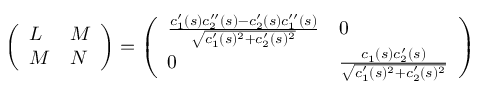
{ \left( \begin{array} { l l } { L } & { M } \\ { M } & { N } \end{array} \right) } = { \left( \begin{array} { l l } { { \frac { c _ { 1 } ^ { \prime } ( s ) c _ { 2 } ^ { \prime \prime } ( s ) - c _ { 2 } ^ { \prime } ( s ) c _ { 1 } ^ { \prime \prime } ( s ) } { \sqrt { c _ { 1 } ^ { \prime } ( s ) ^ { 2 } + c _ { 2 } ^ { \prime } ( s ) ^ { 2 } } } } } & { 0 } \\ { 0 } & { { \frac { c _ { 1 } ( s ) c _ { 2 } ^ { \prime } ( s ) } { \sqrt { c _ { 1 } ^ { \prime } ( s ) ^ { 2 } + c _ { 2 } ^ { \prime } ( s ) ^ { 2 } } } } } \end{array} \right) }